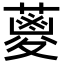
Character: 𮑪